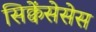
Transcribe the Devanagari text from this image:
सिक्वेंसेसेस